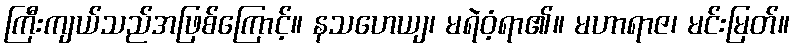
ကြီးကျယ်သည်အဖြစ်ကြောင့်။ နသဟေယျ၊ မရဲဝံ့ရာ၏။ မဟာရာဇ၊ မင်းမြတ်။